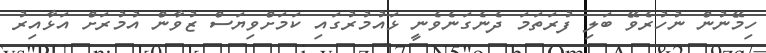
ހިމޭނުން ނުހުރެވޭ ބަލި ފުރަތަމަ ދެނެގަނެވެނީ ޅައުމުރުގައި ކަމަށްވިޔަސް ޒުވާން އުމުރަށް އަޅާއިރު